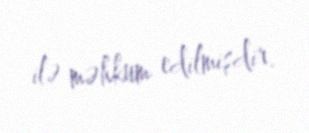
ilə məhkum edilmişdir.